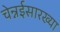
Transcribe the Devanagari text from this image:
चेन्नईसारख्या